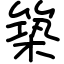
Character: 築